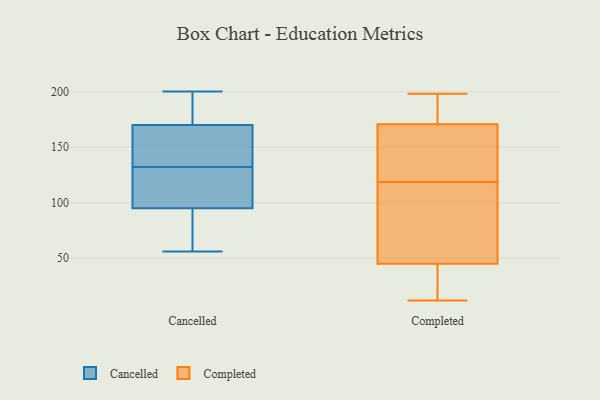
{"axis": {"x": "Website Visitors", "y": "Value"}, "legend": ["Cancelled", "Completed"], "data": [{"x": "", "y": 132, "type": "Cancelled"}, {"x": "", "y": 132, "type": "Cancelled"}, {"x": "", "y": 92, "type": "Cancelled"}, {"x": "", "y": 84, "type": "Cancelled"}, {"x": "", "y": 108, "type": "Cancelled"}, {"x": "", "y": 83, "type": "Cancelled"}, {"x": "", "y": 174, "type": "Cancelled"}, {"x": "", "y": 158, "type": "Cancelled"}, {"x": "", "y": 111, "type": "Cancelled"}, {"x": "", "y": 192, "type": "Cancelled"}, {"x": "", "y": 200, "type": "Cancelled"}, {"x": "", "y": 104, "type": "Cancelled"}, {"x": "", "y": 56, "type": "Cancelled"}, {"x": "", "y": 185, "type": "Cancelled"}, {"x": "", "y": 85, "type": "Cancelled"}, {"x": "", "y": 142, "type": "Cancelled"}, {"x": "", "y": 140, "type": "Cancelled"}, {"x": "", "y": 131, "type": "Cancelled"}, {"x": "", "y": 197, "type": "Cancelled"}, {"x": "", "y": 180, "type": "Completed"}, {"x": "", "y": 186, "type": "Completed"}, {"x": "", "y": 12, "type": "Completed"}, {"x": "", "y": 158, "type": "Completed"}, {"x": "", "y": 189, "type": "Completed"}, {"x": "", "y": 116, "type": "Completed"}, {"x": "", "y": 28, "type": "Completed"}, {"x": "", "y": 75, "type": "Completed"}, {"x": "", "y": 32, "type": "Completed"}, {"x": "", "y": 12, "type": "Completed"}, {"x": "", "y": 104, "type": "Completed"}, {"x": "", "y": 161, "type": "Completed"}, {"x": "", "y": 58, "type": "Completed"}, {"x": "", "y": 198, "type": "Completed"}, {"x": "", "y": 151, "type": "Completed"}, {"x": "", "y": 121, "type": "Completed"}]}